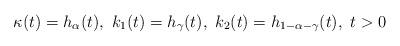
LaTeX: \begin{align*}\kappa(t) = h_\alpha(t),\ k_1(t) = h_\gamma(t),\ k_2(t)=h_{1-\alpha-\gamma}(t),\ t>0\end{align*}